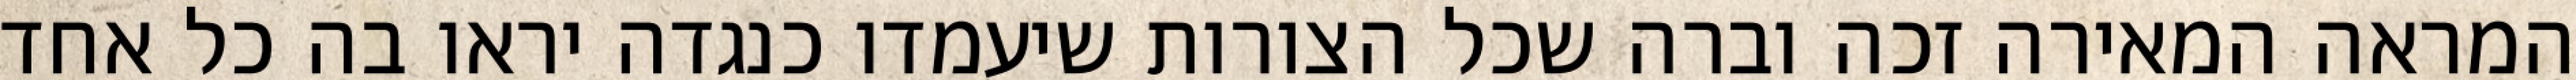
המראה המאירה זכה וברה שכל הצורות שיעמדו כנגדה יראו בה כל אחד